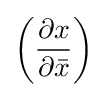
\left({\frac {\partial x}{\partial {\bar {x}}}}\right)